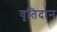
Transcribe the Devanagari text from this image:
वृतिदान